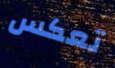
تعكس